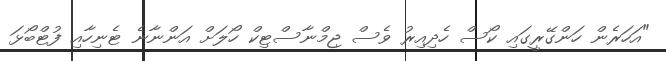
"އަހަރެން ހަންގޭރީގައި ކޯސް ހެދިއިރު ވެސް ޖިމްނާސްޓިކް ހޯލަށް އަންނާނެ ޓެނިހާއި ފުޓްބޯޅަ